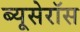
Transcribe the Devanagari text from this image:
ब्यूसेरॉस